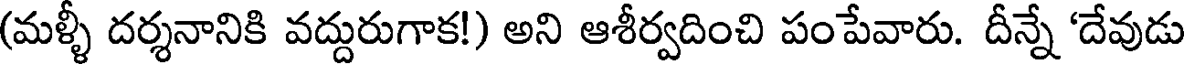
(మళ్ళీ దర్శనానికి వద్దురుగాక!) అని ఆశీర్వదించి పంపేవారు. దీన్నే 'దేవుడు